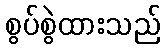
စွပ်စွဲထားသည်